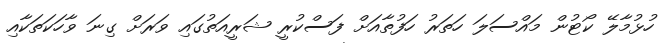
ހުޅުމާލޭ ކޯޓުން މައްސަލަ ހަތަރު ހަފުތާއަށް ފަސްކުރީ ޝަރީއަތުގައި ވަރަށް ގިނަ ވާހަކަތަކާއި